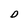
Character: D